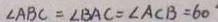
\angle A B C = \angle B A C = \angle A C B = 6 0 ^ { \circ }